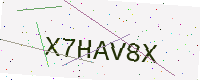
Text: X7HAV8X